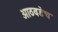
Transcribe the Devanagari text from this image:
आठवडेच